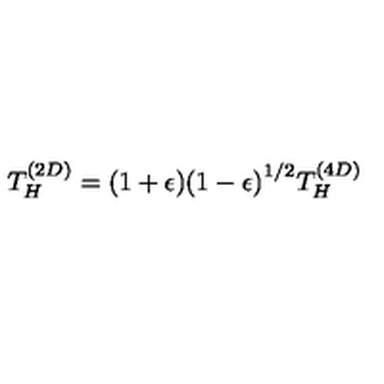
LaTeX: T _ { H } ^ { ( 2 D ) } = ( 1 + \epsilon ) { ( 1 - \epsilon ) } ^ { 1 / 2 } T _ { H } ^ { ( 4 D ) }